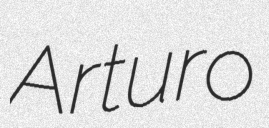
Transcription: Arturo